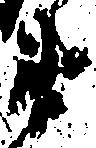
衛